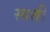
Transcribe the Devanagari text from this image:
स्वती